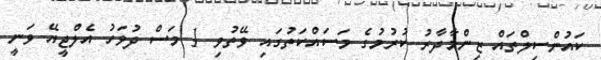
ކައުންސިލްތައް ޒިންމާދާރު ކުރުމުގެ މަސައްކަތުގައި ވޭތުވި 1 މަސް ދުވަހު އެލްޖީއޭ ވަނީ